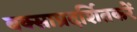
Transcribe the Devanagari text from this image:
बक्साप्रदर्शितकरें